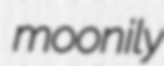
moonily